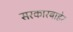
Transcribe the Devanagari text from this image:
सरकारबाहेर